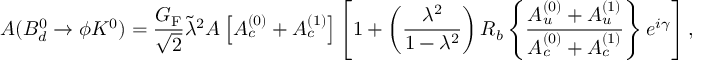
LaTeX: A ( B _ { d } ^ { 0 } \to \phi K ^ { 0 } ) = \frac { G _ { \mathrm { F } } } { \sqrt { 2 } } \tilde { \lambda } ^ { 2 } A \left[ { \cal A } _ { c } ^ { ( 0 ) } + { \cal A } _ { c } ^ { ( 1 ) } \right] \left[ 1 + \left( \frac { \lambda ^ { 2 } } { 1 - \lambda ^ { 2 } } \right) R _ { b } \left\{ \frac { { \cal A } _ { u } ^ { ( 0 ) } + { \cal A } _ { u } ^ { ( 1 ) } } { { \cal A } _ { c } ^ { ( 0 ) } + { \cal A } _ { c } ^ { ( 1 ) } } \right\} e ^ { i \gamma } \right] ,